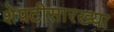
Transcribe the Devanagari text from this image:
शेपटीसारख्या